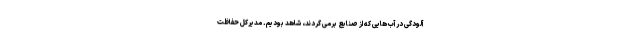
آلودگی در آب هایی که از صنایع برمی گردند، شاهد بودیم. مدیرکل حفاظت